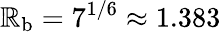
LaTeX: \mathbb{R}_{\mathrm{{b}}}=7^{1/6}\approx1.383